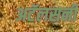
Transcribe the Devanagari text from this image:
अटॅलसनी